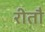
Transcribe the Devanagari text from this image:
रीतौ